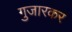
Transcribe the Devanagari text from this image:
गुजारकर